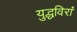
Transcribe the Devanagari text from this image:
युद्धविरां